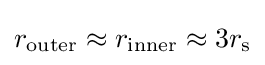
r_{\mathrm {outer} }\approx r_{\mathrm {inner} }\approx 3r_{\text{s}}